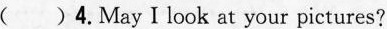
( )4.May I look at your pictures?